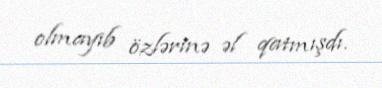
olmayıb özlərinə əl qatmışdı.